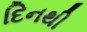
દિનથી